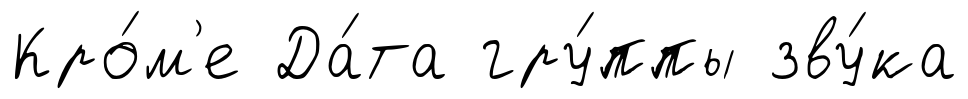
Кро́м'е Да́та гру́ппы зву́ка